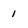
Character: 1